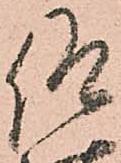
仰